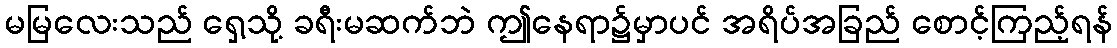
မမြလေးသည် ရှေ့သို့ ခရီးမဆက်ဘဲ ဤနေရာ၌မှာပင် အရိပ်အခြည် စောင့်ကြည့်ရန်